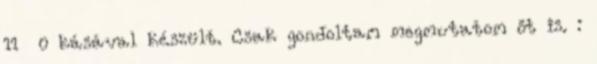
11 0 kásával készült. Csak gondoltam megmutatom őt is. :